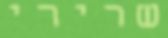
שרירי